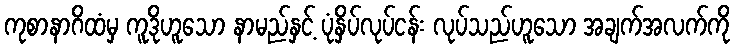
ကုစာနာဂိထံမှ ကူဒိုဟူသော နာမည်နှင့် ပုံနှိပ်လုပ်ငန်း လုပ်သည်ဟူသော အချက်အလက်ကို